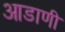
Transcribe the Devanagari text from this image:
आडाणी